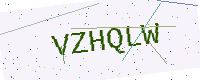
Text: VZHQLW